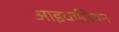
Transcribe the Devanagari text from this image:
आइवाज़ियन